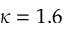
\kappa = 1 . 6